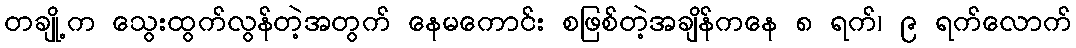
တချို့က သွေးထွက်လွန်တဲ့အတွက် နေမကောင်း စဖြစ်တဲ့အချိန်ကနေ ၈ ရက်၊ ၉ ရက်လောက်